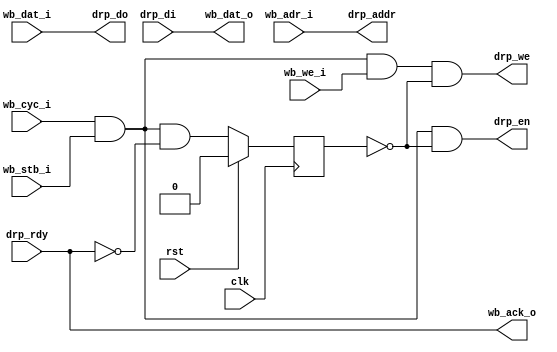
module wb_drp #
(
    parameter ADDR_WIDTH = 16
)
(
    input  wire                    clk,
    input  wire                    rst,

    /*
     * Wishbone interface
     */
    input  wire [ADDR_WIDTH-1:0]   wb_adr_i,   // ADR_I() address
    input  wire [15:0]             wb_dat_i,   // DAT_I() data in
    output wire [15:0]             wb_dat_o,   // DAT_O() data out
    input  wire                    wb_we_i,    // WE_I write enable input
    input  wire                    wb_stb_i,   // STB_I strobe input
    output wire                    wb_ack_o,   // ACK_O acknowledge output
    input  wire                    wb_cyc_i,   // CYC_I cycle input

    /*
     * DRP interface
     */
    output wire [ADDR_WIDTH-1:0]   drp_addr,
    output wire [15:0]             drp_do,
    input  wire [15:0]             drp_di,
    output wire                    drp_en,
    output wire                    drp_we,
    input  wire                    drp_rdy
);

reg cycle = 1'b0;

assign drp_addr = wb_adr_i;
assign drp_do = wb_dat_i;
assign wb_dat_o = drp_di;
assign drp_en = wb_cyc_i & wb_stb_i & ~cycle;
assign drp_we = wb_cyc_i & wb_stb_i & wb_we_i & ~cycle;
assign wb_ack_o = drp_rdy;

always @(posedge clk) begin
    cycle <= wb_cyc_i & wb_stb_i & ~drp_rdy;

    if (rst) begin
        cycle <= 1'b0;
    end
end

endmodule